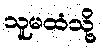
သူမထံသို့